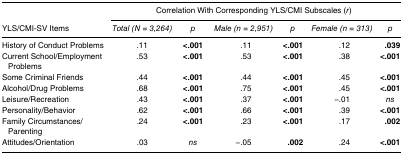
<table><thead><tr><td rowspan="2"><b>YLS/CMI-SV Items</b></td><td colspan="6"><b>Correlation With Corresponding YLS/CMI Subscales (<i>r</i>)</b></td></tr><tr><td><b><i>Total (N = 3,264)</i></b></td><td><b><i>p</i></b></td><td><b><i>Male (n = 2,951)</i></b></td><td><b><i>p</i></b></td><td><b><i>Female (n = 313)</i></b></td><td><b><i>p</i></b></td></tr></thead><tbody><tr><td>History of Conduct Problems</td><td>.11</td><td><b>&lt;.001</b></td><td>.11</td><td><b>&lt;.001</b></td><td>.12</td><td><b>.039</b></td></tr><tr><td>Current School/Employment Problems</td><td>.53</td><td><b>&lt;.001</b></td><td>.53</td><td><b>&lt;.001</b></td><td>.38</td><td><b>&lt;.001</b></td></tr><tr><td>Some Criminal Friends</td><td>.44</td><td><b>&lt;.001</b></td><td>.44</td><td><b>&lt;.001</b></td><td>.45</td><td><b>&lt;.001</b></td></tr><tr><td>Alcohol/Drug Problems</td><td>.68</td><td><b>&lt;.001</b></td><td>.75</td><td><b>&lt;.001</b></td><td>.45</td><td><b>&lt;.001</b></td></tr><tr><td>Leisure/Recreation</td><td>.43</td><td><b>&lt;.001</b></td><td>.37</td><td><b>&lt;.001</b></td><td>−.01</td><td><i>ns</i></td></tr><tr><td>Personality/Behavior</td><td>.62</td><td><b>&lt;.001</b></td><td>.66</td><td><b>&lt;.001</b></td><td>.39</td><td><b>&lt;.001</b></td></tr><tr><td>Family Circumstances/Parenting</td><td>.24</td><td><b>&lt;.001</b></td><td>.23</td><td><b>&lt;.001</b></td><td>.17</td><td><b>.002</b></td></tr><tr><td>Attitudes/Orientation</td><td>.03</td><td><i>ns</i></td><td>−.05</td><td><b>.002</b></td><td>.24</td><td><b>&lt;.001</b></td></tr></tbody></table>